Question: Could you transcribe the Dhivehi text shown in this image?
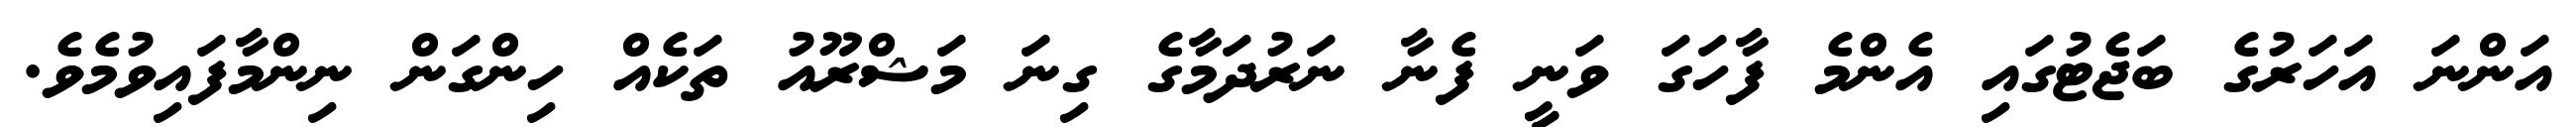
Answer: އަންނަ އަހަރުގެ ބަޖެޓުގައި އެންމެ ފާހަގަ ވަނީ ފެނާ ނަރުދަމާގެ ގިނަ މަޝްރޫއު ތަކެއް ހިންގަން ނިންމާފައިވުމެވެ.